Account of plague administration in the Bombay Presidency from September 1896 till May 1897
Year: 1896
Disease focus: Plague
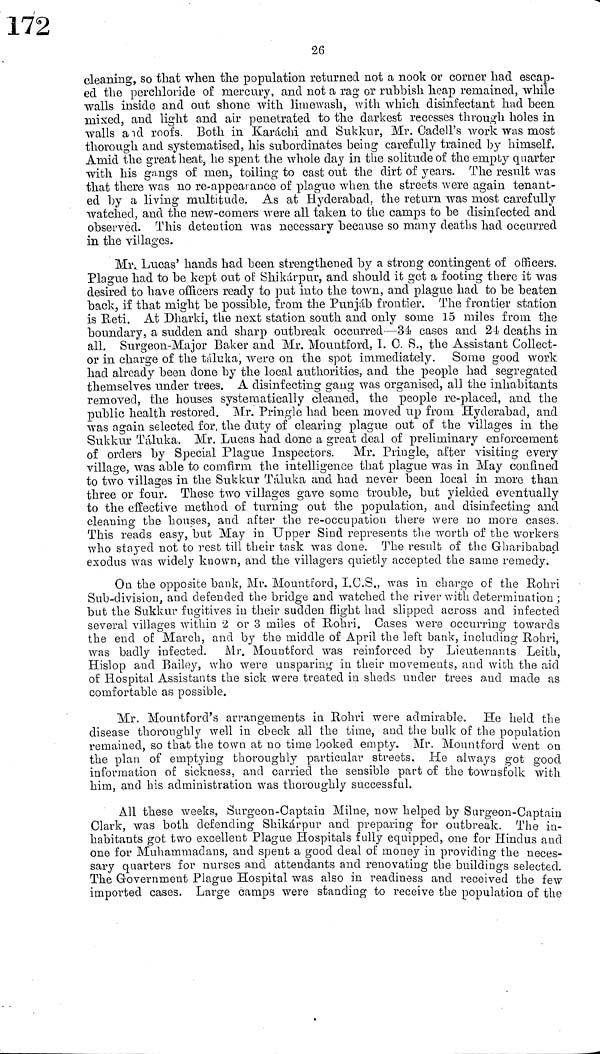
26
cleaning, so that when the population returned not a nook or corner had escap-
ed the perchloride of mercury, and not a rag or rubbish heap remained, while
walls inside and out shone with limewash, with which disinfectant had been
mixed, and light and air penetrated to the darkest recesses through holes in
walls and roofs. Both in Karachi and Sukkur, Mr. Cadell's work was most
thorough and systematised, his subordinates being carefully trained by himself.
Amid the great heat, he spent the whole day in the solitude of the empty quarter
with his gangs of men, toiling to cast out the dirt of years. The result was
that there was no re-appearance of plague when the streets were again tenant-
ed by a living multitude. As at Hyderabad, the return was most carefully
watched, and the new-comers were all taken to the camps to be disinfected and
observed. This detention was necessary because so many deaths had occurred
in the villages.
Mr. Lucas' hands had been strengthened by a strong contingent of officers.
Plague had to be kept out of Shikarpur, and should it get a footing there it was
desired to have officers ready to put into the town, and plague had to be beaten
back, if that might be possible, from the Punjab frontier. The frontier station
is Reti. At Dharki, the next station south and only some 15 miles from the
boundary, a sudden and sharp outbreak occurred—34 cases and 24 deaths in
all. Surgeon-Major Baker and Mr. Mountford, 1. O. S., the Assistant Collect-
or in charge of the táluka, were 011 the spot immediately. Some good work
had already been done by the local authorities, and the people had segregated
themselves under trees. A disinfecting gang was organised, all the inhabitants
removed, the houses systematically cleaned, the people re-placed, and the
public health restored. Mr. Pringle had been moved up from Hyderabad, and
was again selected for the duty of clearing plague out of the villages in the
Sukkur Táluka. Mr. Lucas had done a great deal of preliminary enforcement
of orders by Special Plague Inspectors. Mr. Pringle, after visiting every
village, was able to comfirm the intelligence that plague was in May confined
to two villages in the Sukkur Táluka and had never been local in more than
three or four. These two villages gave some trouble, but yielded eventually
to the effective method of turning out the population, and disinfecting and
cleaning the houses, and after the re-occupation there were no more cases,
This reads easy, but May in Upper Sind represents the worth of the workers
who stayed not to rest till their task was done. The result of the Gharibabad
exodus was widely known, and the villagers quietly accepted the same remedy.
On the opposite bank, Mr. Mountford, I.C.S., was in charge of the Rohri
Sub-division, and defended the bridge and watched the river with determination ;
but the Sukkur fugitives in their sudden flight had slipped across and infected
several villages within 2 or 3 miles of Rohri. Cases were occurring towards
the end of March, and by the middle of April the left bank, including Rohri,
was badly infected. Mr. Mountford was reinforced by Lieutenants Leith,
Hislop and Bailey, who were unsparing in their movements, and with the aid
of Hospital Assistants the sick were treated in sheds under trees and made as
comfortable as possible.
Mr. Mountford's arrangements in Rohri were admirable. He held the
disease thoroughly well in check all the time, and the bulk of the population
remained, so that the town at no time looked empty. Mr. Mountford went on
the plan of emptying thoroughly particular streets. He always got good
information of sickness, and carried the sensible part of the townsfolk with
him, and his administration was thoroughly successful.
All these weeks, Surgeon-Captain Milne, now helped by Surgeon-Captain
Clark, was both defending Shikárpur and preparing for outbreak. The in-
habitants got two excellent Plague Hospitals fully equipped, one for Hindus and
one for Muhammadans, and spent a good deal of money in providing the neces-
sary quarters for nurses and attendants and renovating the buildings selected.
The Government Plague Hospital was also in readiness and received the few
imported cases. Large camps were standing to receive the population of the